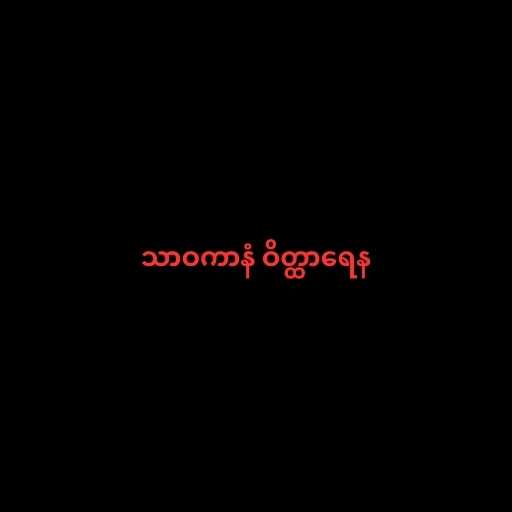
သာဝကာနံ ဝိတ္ထာရေန